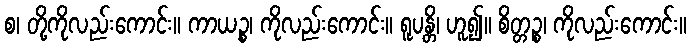
စ၊ တို့ကိုလည်းကောင်း။ ကာယဉ္စ၊ ကိုလည်းကောင်း။ ရူပန္တိ၊ ဟူ၍။ စိတ္တဉ္စ၊ ကိုလည်းကောင်း။